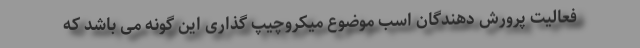
فعالیت پرورش دهندگان اسب موضوع میکروچیپ گذاری این گونه می باشد که